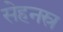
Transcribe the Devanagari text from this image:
सेहनस्र